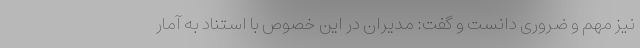
نیز مهم و ضروری دانست و گفت: مدیران در این خصوص با استناد به آمار